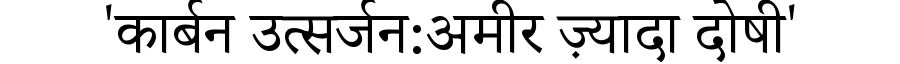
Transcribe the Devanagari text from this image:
'कार्बन उत्सर्जन:अमीर ज़्यादा दोषी'